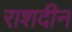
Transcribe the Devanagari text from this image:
राशदीन